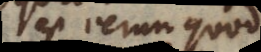
est verum quod